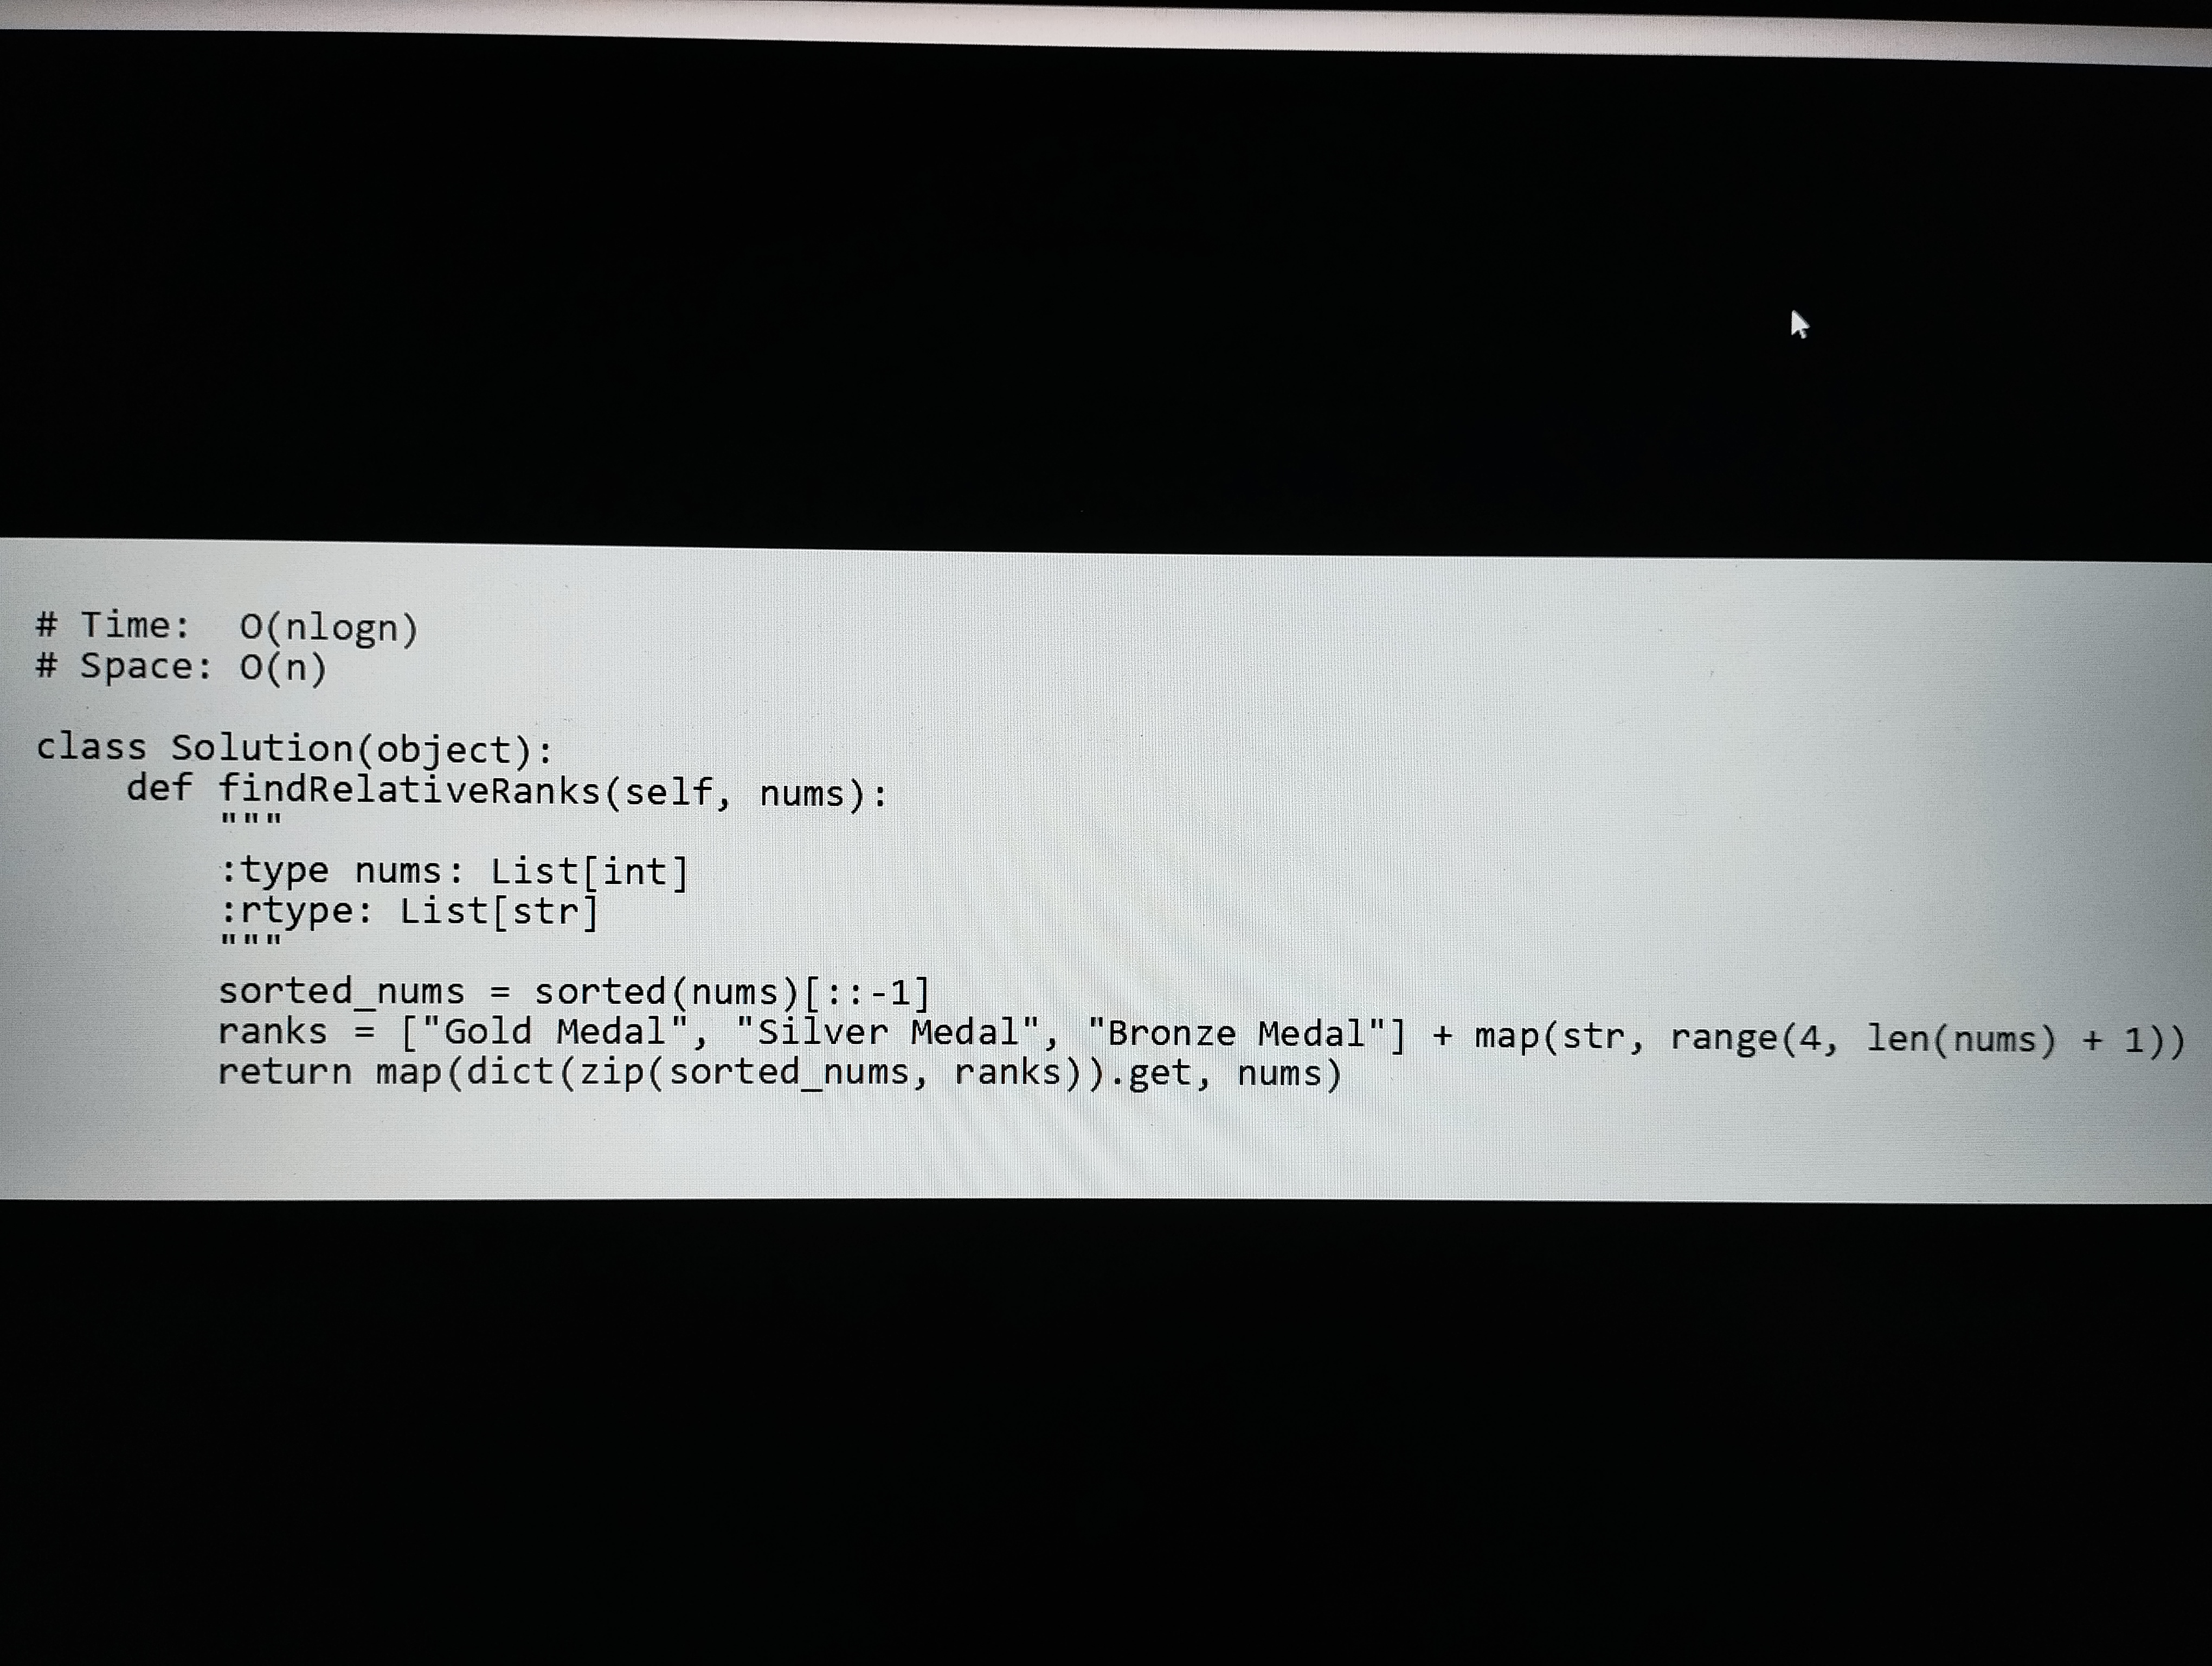
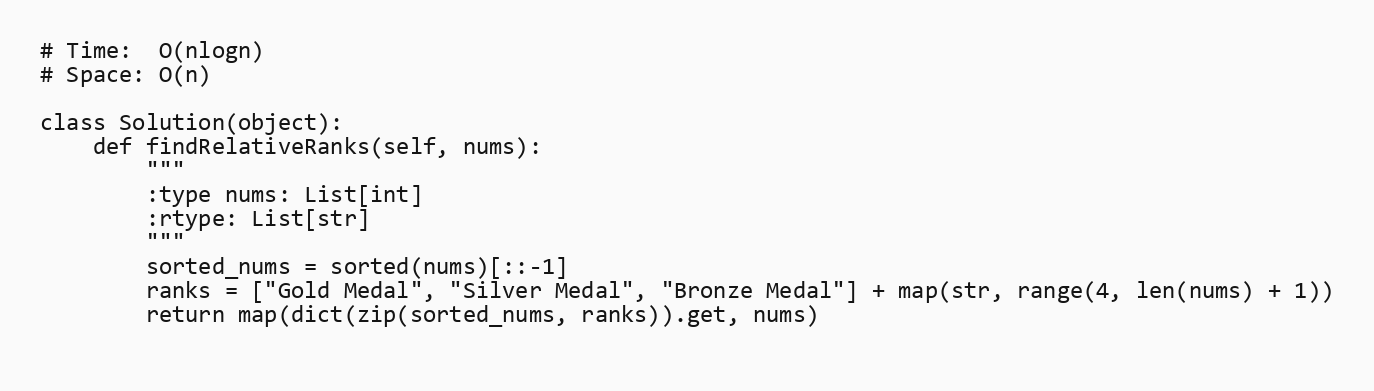
# Time:  O(nlogn)
# Space: O(n)

class Solution(object):
    def findRelativeRanks(self, nums):
        """
        :type nums: List[int]
        :rtype: List[str]
        """
        sorted_nums = sorted(nums)[::-1]
        ranks = ["Gold Medal", "Silver Medal", "Bronze Medal"] + map(str, range(4, len(nums) + 1))
        return map(dict(zip(sorted_nums, ranks)).get, nums)